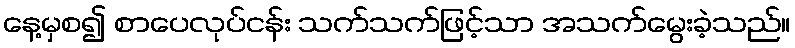
နေ့မှစ၍ စာပေလုပ်ငန်း သက်သက်ဖြင့်သာ အသက်မွေးခဲ့သည်။